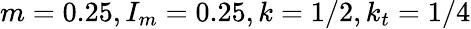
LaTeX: m=0.25,I_{m}=0.25,k=1/2,k_{t}=1/4